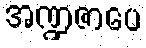
အဏ္ဍဇာပေ